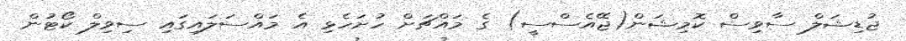
ޖުޑިޝަލް ސާވިސް ކޮމިޝަން(ޖޭއެސްސީ) ގެ މައްޗަށް ހުށަހެޅި އެ މައްސަލައިގައި ސިވިލް ކޯޓުން